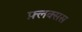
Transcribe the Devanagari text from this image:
फ़्लक्सस